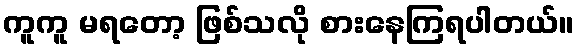
ကူကူ မရတော့ ဖြစ်သလို စားနေကြရပါတယ်။